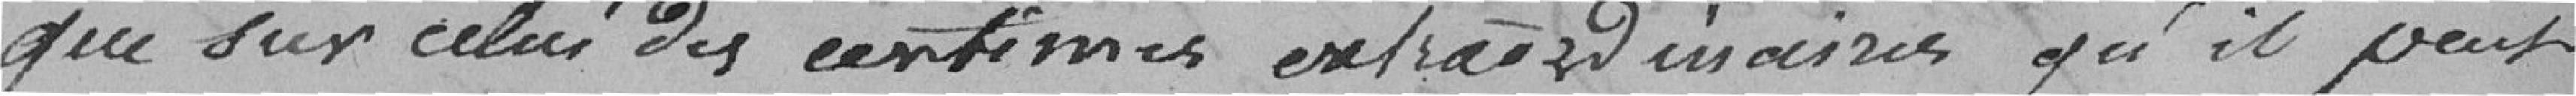
que sur celui des centimes extraordinaires qu'il peut